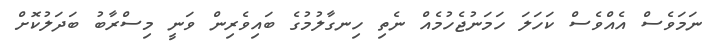
ނަމަވެސް އެއްވެސް ކަހަލަ ހަމަނުޖެހުމެއް ނެތި ހިނގާލުމުގެ ބައިވެރިން ވަނީ މިސްރާބު ބަދަލުކޮށް